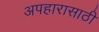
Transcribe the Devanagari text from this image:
अपहारासाठी